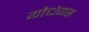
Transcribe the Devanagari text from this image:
यौधेयस